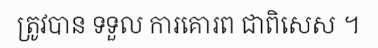
ត្រូវបាន ទទួល ការគោរព ជាពិសេស ។